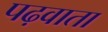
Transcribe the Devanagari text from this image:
पढ़वाता